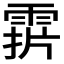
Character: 𩃑